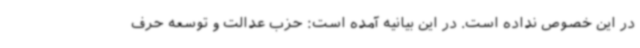
در این خصوص نداده است. در این بیانیه آمده است: حزب عدالت و توسعه حرف